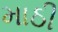
માઠી